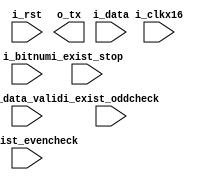
// 1
// 8bit5678
// 
// 
// 9600 bit/s  48009600115200
// 11 0 xxxx_xxxx x 1  
// 
`timescale 1ns/100ps
`define SIM 0
module uart_tx (
input                 i_clkx16          ,
input                 i_rst             ,

input                 i_exist_oddcheck  ,//
input                 i_exist_evencheck ,//
input                 i_exist_stop      ,//1bit
input       [3:0]     i_bitnum          ,//5-8

input       [7:0]     i_data            ,
input                 i_data_valid      ,//

output                o_tx               //
);
`ifndef SIM
parameter IDLE = 3'd0,START = 3'd1,TXDATA = 3'd2, CHECK = 3'd3,STOP = 3'd4;
reg [2:0] cur_sta,next_sta;
`else 
parameter IDLE = "IDLE",START = "START",TXDATA = "TXDATA", CHECK = "CHECK",STOP = "STOP";
reg [79:0] cur_sta,next_sta;
`endif
reg exist_oddcheck   ;
reg exist_evencheck  ;
reg exist_stop       ;
reg [3:0] bitnum     ;

wire data_valid      = i_data_valid         ;
reg [7:0] data;
reg [3:0] cnt;//bit 16
reg [3:0] cnt_bit;//bit

reg  data_valid_1d;
wire data_valid_1p,IDLE2START;
wire START2TXDATA,TXDATA2CHECK,TXDATA2STOP,TXDATA2IDLE ;
wire CHECK2STOP,CHECK2IDLE,STOP2IDLE;
wire cnt_bit_inc;//
wire txdata_last;//TXDATA
wire cnt_wait;//IDLEcnt
always@(posedge i_clkx16 or posedge i_rst)  begin if(i_rst) cur_sta  <= #1 3'b0; else cur_sta <= #1 next_sta;end

always@(*)  begin
    case(cur_sta)
    IDLE:  next_sta = IDLE2START ? START:IDLE;
    START: next_sta = START2TXDATA?TXDATA:START;
    TXDATA: //case
        if(TXDATA2CHECK)     next_sta = CHECK;
        else if(TXDATA2STOP) next_sta = STOP;
        else if(TXDATA2IDLE) next_sta = IDLE;
        else next_sta = TXDATA;
    CHECK: next_sta = CHECK2STOP?STOP:CHECK2IDLE?IDLE:CHECK;
    STOP:  next_sta  = STOP2IDLE?IDLE:STOP;
    default:next_sta = IDLE;
    endcase
end
assign  IDLE2START    = (cur_sta== IDLE ) & data_valid_1p;//IDLESTART
assign  START2TXDATA  = (cur_sta== START) & (cnt==4'hF);//16
assign  CHECK2STOP    = (cur_sta== CHECK) & (cnt==4'hF)&(exist_stop);//16
assign  CHECK2IDLE    = (cur_sta== CHECK) & (cnt==4'hF)&(~exist_stop);//16
assign  STOP2IDLE     = (cur_sta== STOP ) & (cnt==4'hF);//16

assign  TXDATA2CHECK  = txdata_last &(exist_oddcheck|exist_evencheck);
assign  TXDATA2STOP   = txdata_last &(~exist_oddcheck)&(~exist_evencheck)&exist_stop;
assign  TXDATA2IDLE   = txdata_last &(~exist_oddcheck)&(~exist_evencheck)&(~exist_stop);

assign  txdata_last  = (cur_sta== TXDATA) & (cnt==4'hF)& (cnt_bit==bitnum);
assign  cnt_bit_inc  = (cur_sta== TXDATA) & (cnt==4'hF);
assign  cnt_wait     = (cur_sta== IDLE) ;
always@(posedge i_clkx16 or posedge i_rst)  begin
    if(i_rst) cnt_bit  <= #1 4'b0; 
    else if(START2TXDATA) cnt_bit <= #1 4'b1;
    else if(cnt_bit_inc)  cnt_bit <= #1 cnt_bit + 1'b1;
end
always@(posedge i_clkx16 or posedge i_rst)  begin
    if(i_rst) cnt  <= #1 4'b0; 
    else if(IDLE2START) cnt <= #1 4'b0;
    else if(cnt_wait) cnt <= #1 4'b0;
    else cnt <= #1 cnt + 1'b1;//4'hF 
end






always@(posedge i_clkx16 or posedge i_rst)  begin if(i_rst) data_valid_1d  <= #1 1'b0; else data_valid_1d <= #1 data_valid;end
assign data_valid_1p = data_valid & (~data_valid_1d);
always@(posedge i_clkx16 or posedge i_rst)  begin if(i_rst) data   <= #1 8'b0; else if(data_valid_1p) data <= #1 i_data;end
         
always@(posedge i_clkx16 or posedge i_rst)  begin if(i_rst) exist_oddcheck    <= #1 1'b0; else if(data_valid_1p) exist_oddcheck  <= #1 i_exist_oddcheck ;end
always@(posedge i_clkx16 or posedge i_rst)  begin if(i_rst) exist_evencheck   <= #1 1'b0; else if(data_valid_1p) exist_evencheck <= #1 i_exist_evencheck;end
always@(posedge i_clkx16 or posedge i_rst)  begin if(i_rst) exist_stop        <= #1 1'b0; else if(data_valid_1p) exist_stop      <= #1 i_exist_stop     ;end
always@(posedge i_clkx16 or posedge i_rst)  begin if(i_rst) bitnum            <= #1 4'b0; else if(data_valid_1p) bitnum          <= #1 i_bitnum;         end



endmodule